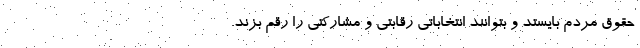
حقوق مردم بایستد و بتوانند انتخاباتی رقابتی و مشارکتی را رقم بزند.